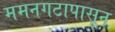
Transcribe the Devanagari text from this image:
ममनगटापासून